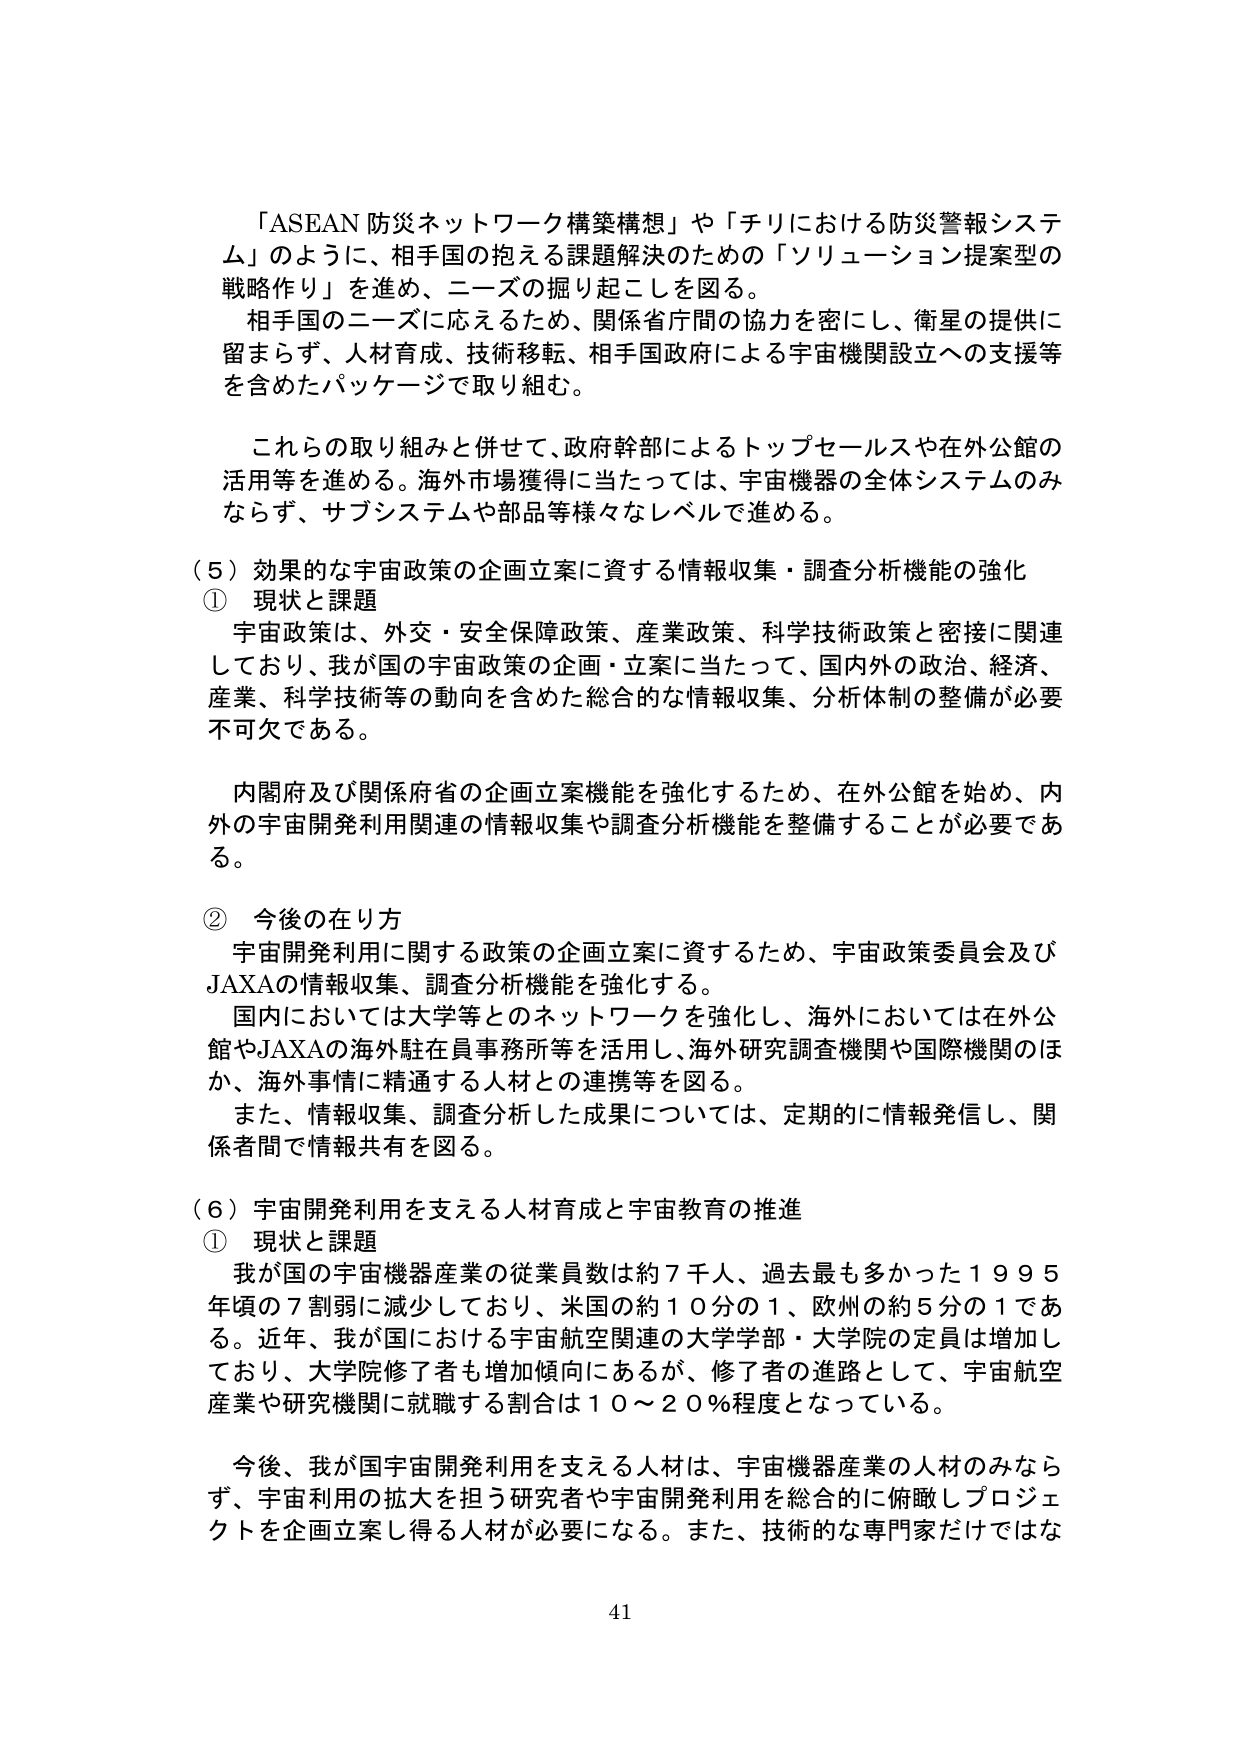
「ASEAN 防災ネットワーク構築構想」や「チリにおける防災警報システム」のように、相手国の抱える課題解決のための「ソリューション提案型の戦略作り」を進め、ニーズの掘り起こしを図る。

相手国のニーズに応えるため、関係省庁間の協力を密にし、衛星の提供に留まらず、人材育成、技術移転、相手国政府による宇宙機関設立への支援等を含めたパッケージで取り組む。

これらの取り組みと併せて、政府幹部によるトップセールスや在外公館の活用等を進める。海外市場獲得に当たっては、宇宙機器の全体システムのみならず、サブシステムや部品等様々なレベルで進める。

（５）効果的な宇宙政策の企画立案に資する情報収集・調査分析機能の強化

① 現状と課題

宇宙政策は、外交・安全保障政策、産業政策、科学技術政策と密接に関連しており、我が国の宇宙政策の企画・立案に当たって、国内外の政治、経済、産業、科学技術等の動向を含めた総合的な情報収集、分析体制の整備が必要不可欠である。

内閣府及び関係府省の企画立案機能を強化するため、在外公館を始め、内外の宇宙開発利用関連の情報収集や調査分析機能を整備することが必要である。

② 今後の在り方

宇宙開発利用に関する政策の企画立案に資するため、宇宙政策委員会及びJAXAの情報収集、調査分析機能を強化する。

国内においては大学等とのネットワークを強化し、海外においては在外公館やJAXAの海外駐在員事務所等を活用し、海外研究調査機関や国際機関のほか、海外事情に精通する人材との連携等を図る。

また、情報収集、調査分析した成果については、定期的に情報発信し、関係者間で情報共有を図る。

（６）宇宙開発利用を支える人材育成と宇宙教育の推進

① 現状と課題

我が国の宇宙機器産業の従業員数は約７千人、過去最も多かった１９９５年頃の７割弱に減少しており、米国の約１０分の１、欧州の約５分の１である。近年、我が国における宇宙航空関連の大学学部・大学院の定員は増加しており、大学院修了者も増加傾向にあるが、修了者の進路として、宇宙航空産業や研究機関に就職する割合は１０～２０％程度となっている。

今後、我が国宇宙開発利用を支える人材は、宇宙機器産業の人材のみならず、宇宙利用の拡大を担う研究者や宇宙開発利用を総合的に俯瞰しプロジェクトを企画立案し得る人材が必要になる。また、技術的な専門家だけではな

41